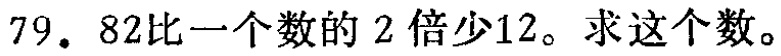
79. 82比一个数的2倍少12。求这个数。